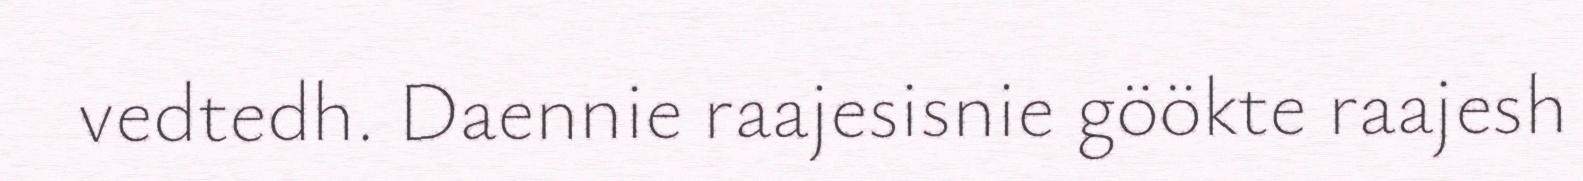
vedtedh. Daennie raajesisnie göökte raajesh